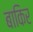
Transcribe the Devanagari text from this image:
बाकिर